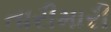
તારીમારી